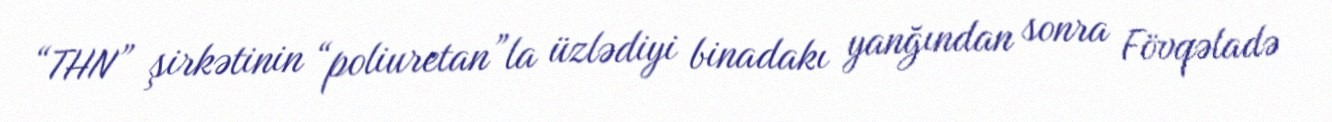
“THN” şirkətinin “poliuretan”la üzlədiyi binadakı yanğından sonra Fövqəladə